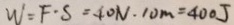
W = F \cdot S = 4 0 N \cdot 1 0 m = 4 0 0 J